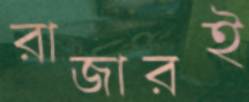
রাজারই